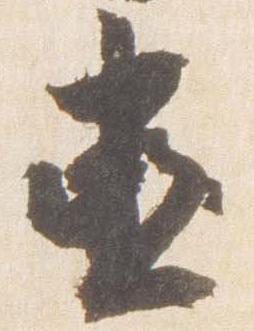
直